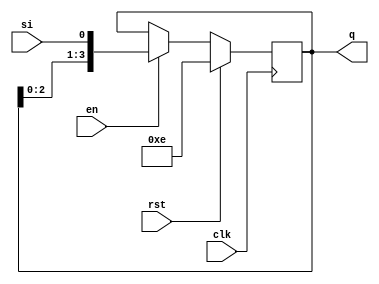
`timescale 1ns / 1ps
//////////////////////////////////////////////////////////////////////////////////
// Company: 
// Engineer: 
// 
// Design Name: 
// Module Name:    shr4 
// Project Name: 
// Target Devices: 
// Tool versions: 
// Description: 
//
// Dependencies: 
//
// Revision: 
// Revision 0.01 - File Created
// Additional Comments: 
//
//////////////////////////////////////////////////////////////////////////////////
module shr4(
    input en,
    input rst,
    input clk,
    input si,
    output reg [3:0] q
    );


always @(posedge clk)
begin
    if(rst)
        q <= 4'b1110;
    else if(en)
        q <= {q[2:0], si}; // 1110 default. <- shift: 110[O3] = 1101
end    


endmodule